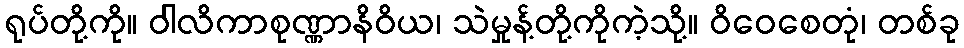
ရုပ်တို့ကို။ ဝါလိကာစုဏ္ဏာနိဝိယ၊ သဲမှုန့်တို့ကိုကဲ့သို့။ ဝိဝေစေတုံ၊ တစ်ခု